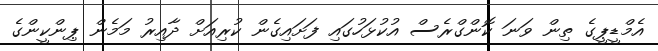
އެމްޑީޕީގެ ތިން ވަނަ ކޮންގްރެސް އުކުޅަހުގައި ފަށައިގެން ކުރިއަށް ދާއިރު މަމެން ޕިންކީންގެ